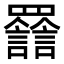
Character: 𦌽